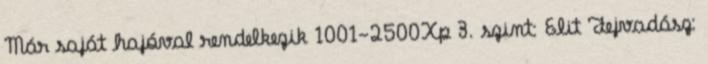
Már saját hajóval rendelkezik 1001-2500Xp 3. szint: Elit Fejvadász: